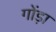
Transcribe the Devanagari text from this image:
गोंड़ा